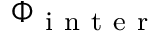
\Phi _ { \mathrm { ~ i ~ n ~ t ~ e ~ r ~ } }